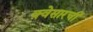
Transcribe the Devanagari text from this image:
क्वेसारची